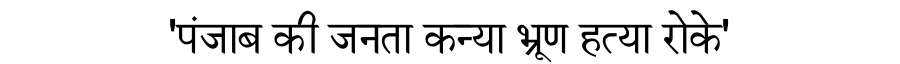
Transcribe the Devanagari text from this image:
'पंजाब की जनता कन्या भ्रूण हत्या रोके'